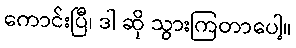
ကောင်းပြီ၊ ဒါ ဆို သွားကြတာပေါ့။